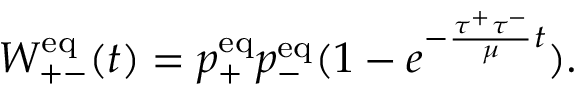
W _ { + - } ^ { \mathrm { e q } } ( t ) = p _ { + } ^ { \mathrm { e q } } p _ { - } ^ { \mathrm { e q } } ( 1 - e ^ { - \frac { \tau ^ { + } \tau ^ { - } } { \mu } t } ) .